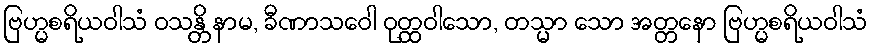
ဗြဟ္မစရိယဝါသံ ဝသန္တိ နာမ, ခီဏာသဝေါ ဝုတ္ထဝါသော, တသ္မာ သော အတ္တနော ဗြဟ္မစရိယဝါသံ